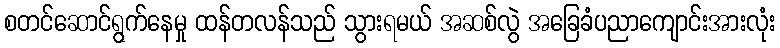
စတင်ဆောင်ရွက်နေမှု ထန်တလန်သည် သွားရမယ် အဆစ်လွဲ အခြေခံပညာကျောင်းအားလုံး